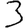
Digit: 3